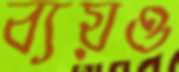
ব্যয়ও